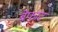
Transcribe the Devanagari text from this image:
बेफाट